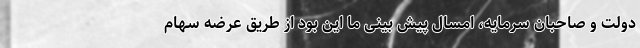
دولت و صاحبان سرمایه، امسال پیش بینی ما این بود از طریق عرضه سهام